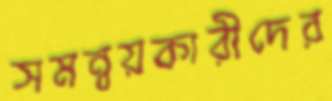
সমন্বয়কারীদের